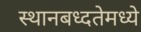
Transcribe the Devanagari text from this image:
स्थानबध्दतेमध्ये